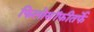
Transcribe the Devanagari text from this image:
फिलोसॉफीतर्फे